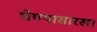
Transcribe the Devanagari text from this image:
घेण्यासारखा